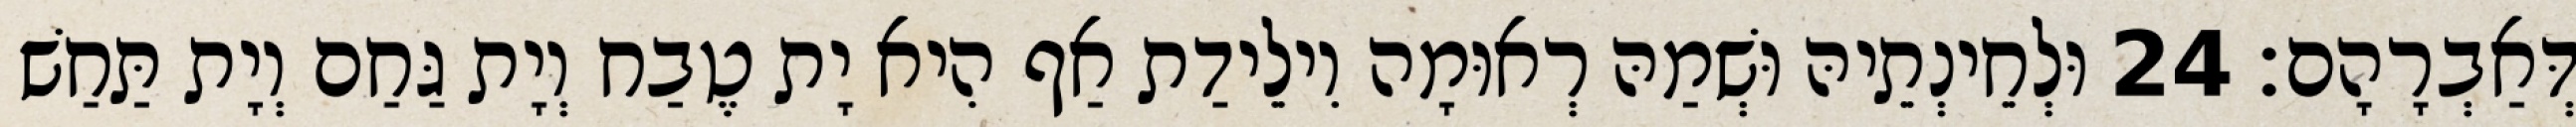
דְּאַבְרָהָם׃ 24 וּלְחֵינְתֵיהּ וּשְׁמַהּ רְאוּמָה וִילֵידַת אַף הִיא יָת טֶבַח וְיָת גַּחַם וְיָת תַּחַשׁ